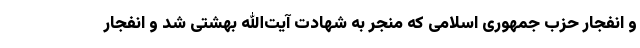
و انفجار حزب جمهوری اسلامی که منجر به شهادت آیت‌الله بهشتی شد و انفجار